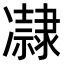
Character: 𠘞